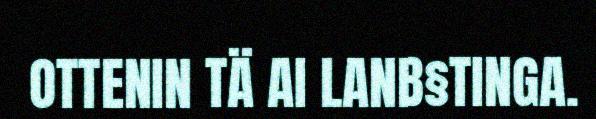
OTTENIN TÄ AI LANB§TINGA.